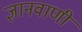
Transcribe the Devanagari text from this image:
ज्ञानवाणी